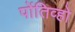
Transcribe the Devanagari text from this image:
पोंतिव्हो